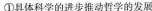
①具体科学的进步推动哲学的发展